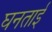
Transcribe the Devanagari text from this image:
घनताई